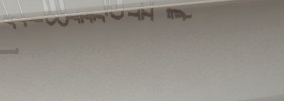
أرضية لبيع الأثاث المنزلي